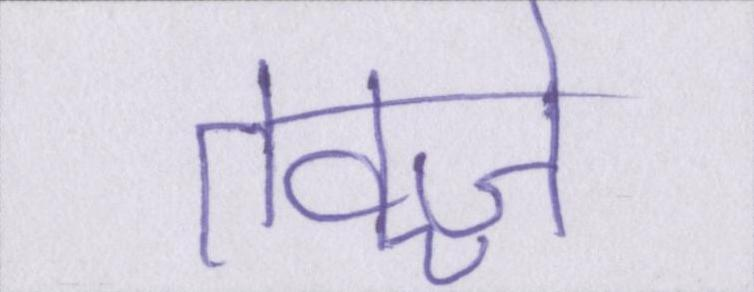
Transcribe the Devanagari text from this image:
तवज्जो